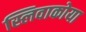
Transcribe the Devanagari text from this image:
स्लिवाकोया